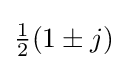
{\textstyle {\frac {1}{2}}(1\pm j)}